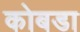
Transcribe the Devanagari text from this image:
कोबडा